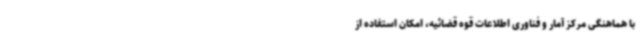
با هماهنگی مرکز آمار و فناوری اطلاعات قوه قضائیه، امکان استفاده از